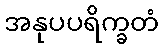
အနုပပရိက္ခတံ